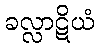
ခလ္လာဋိယံ